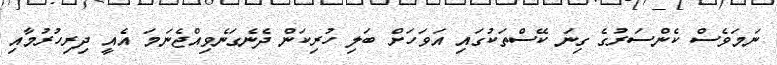
ނަމަވެސް ކެންސަރުގެ ގިނަ ކޭސްތަކުގައި އަވަހަށް ބަލި ހުރިކަން ދެނެގަނެވިއްޖެނަމަ އެއީ ދިރިހުރުމާއި